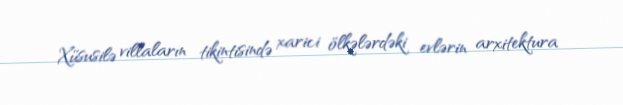
Xüsusilə villaların tikintisində xarici ölkələrdəki evlərin arxitektura